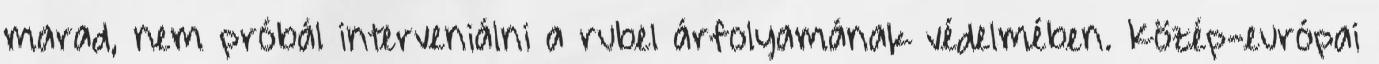
marad, nem próbál interveniálni a rubel árfolyamának védelmében. Közép-európai